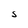
Character: S